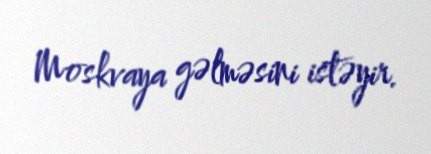
Moskvaya gəlməsini istəyir.